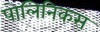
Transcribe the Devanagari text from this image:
पोलिनिकस